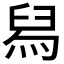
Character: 舄